Sanitation, dispensaries and jails vaccination Rajputana 1922-1927 - 1922-1927
Year: 1922
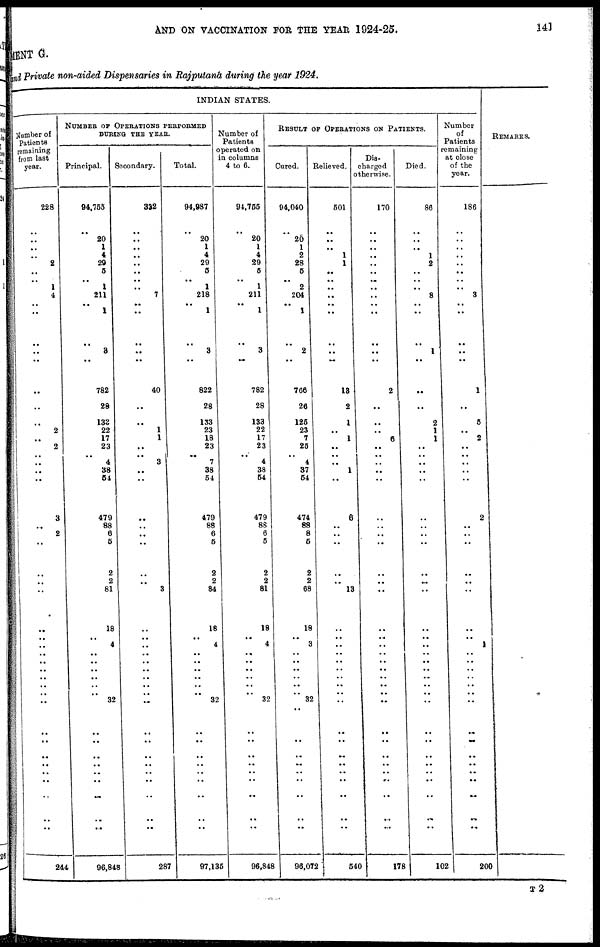
AND ON VACCINATION FOR THE YEAR 1924-25.
141
MENT G.
and Private non-aided Dispensaries in Rajputana during the year 1924.
INDIAN STATES.
Number of
Patients
remaining
from last
year.
228
..
..
..
..
2
..
..
1
4
..
..
..
..
..
..
..
..
2
..
2
..
..
..
..
3
..
2
..
..
..
..
..
..
..
..
..
..
..
..
..
..
..
..
..
..
..
..
..
..
..
244
NUMBER OF OPERATIONS PERFORMED
DURING THE YEAR.
Principal.
94,755
..
20
1
4
29
5
..
1
211
.. 1
..
3
..
782
28
133
22
17
23
..
4
38
54
479
88
6
5
2
2
81
18
..
4
..
..
..
..
..
.. 32
..
..
..
..
..
..
..
..
..
96,848
Secondary.
332
..
..
..
.. ..
..
..
..
7
..
..
..
..
..
40
..
..
1
1
..
..
3
..
..
..
..
..
..
..
..
3
..
..
..
..
..
..
..
..
..
..
..
..
..
..
..
..
..
..
..
287
Total.
94,987
..
20
1
4
29
5
.. 1
218
..
1
..
3
..
822
28
133
23
18
23
..
7
38
54
479
88
6
5
2
2
84
18
..
4
..
..
..
..
..
.. 32
..
..
..
..
..
..
..
..
..
97,135
Number of
Patients
operated on
in columns
4 to 6.
94,755
..
20
1
4
29
5
..
1
211
..
1
..
3
..
782
28
133
22
17
23
.. 4
38
54
479
88
6
5
2
2
81
18
.. 4
..
..
..
..
..
.. 32
..
..
..
..
..
..
..
..
..
96,848
RESULT OF OPERATIONS ON PATIENTS.
Cured.
94,040
..
20
1
2
28
5
.. 2
204
.. 1
..
2
..
766
26
125
23
7
25
.. 4
37
54
474
88
8
5
2
2
68
18
.. 3
..
..
..
..
..
.. 32
..
..
..
..
..
..
..
..
..
96,072
Relieved.
501
..
..
..
1
1
..
..
..
..
..
..
..
..
..
13
2
1
..
1
..
..
..
1
..
6
..
..
..
..
..
13
..
..
..
..
..
..
..
..
..
..
..
..
..
..
..
..
..
..
..
540
Dis-
charged
otherwise.
170
..
..
..
..
..
..
..
..
..
..
..
..
..
..
2
..
..
..
6
..
..
..
..
..
..
..
..
..
..
..
..
..
..
..
..
..
..
..
..
..
..
..
..
..
..
..
..
..
..
..
178
Died.
86
..
..
..
1
2
..
..
..
8
..
..
..
1
..
..
..
2
1
1
..
..
..
..
..
..
..
..
..
..
..
..
..
..
..
..
..
..
..
..
..
..
..
..
..
..
..
..
..
..
..
102
Number
of
Patients
remaining
at close
of the
year.
186
..
..
..
..
..
..
..
..
3
..
..
..
..
..
1
..
5
..
2
..
..
..
..
..
2
..
..
..
..
..
..
..
.. 1
..
..
..
..
..
..
..
..
..
..
..
..
..
..
..
..
200
REMARKS.
T 2